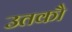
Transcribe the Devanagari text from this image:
उतकौ